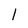
Character: l